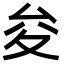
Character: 夋